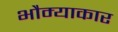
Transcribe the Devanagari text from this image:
भौम्याकार